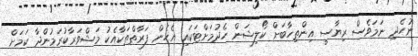
ނުހެދި ނަމަވެސް ރިޔާސީ އިންތިހާބަށް ކޯލިޝަން ހެދުމަށްޓަކައި އެހެން ފަރާތްތަކާއެކު މަޝްވަރާކުރަމުންދާ ކަމަށް